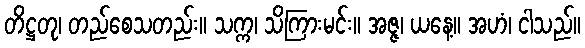
တိဋ္ဌတု၊ တည်စေသတည်း။ သက္က၊ သိကြားမင်း။ အဇ္ဇ၊ ယနေ့။ အဟံ၊ ငါသည်။